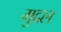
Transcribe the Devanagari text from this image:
मुद्दल